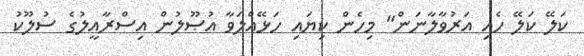
ކަލޭ ކަލޭ ހެއި އަރުވާލާނަން" މިހެން ކިޔައި ހަޅޭއްލަވާ އުޞޫލުން އިސްރާއީލުގެ ސުލޫކު